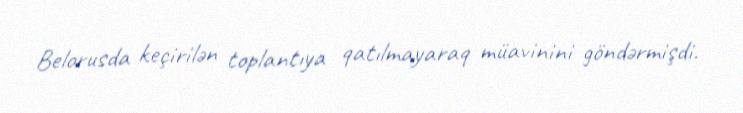
Belorusda keçirilən toplantıya qatılmayaraq müavinini göndərmişdi.